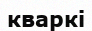
кваркі